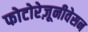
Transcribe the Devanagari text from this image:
फोटोरेज़ूनीवेसन